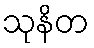
သုနိတ